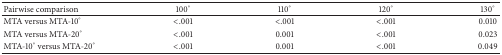
| Pairwise comparison | 100° | 110° | 120° | 130° |
 | --- | --- | --- | --- | --- |
 | MTA versus MTA-10° | <.001 | <.001 | <.001 | 0.010 |
 | MTA versus MTA-20° | <.001 | 0.001 | <.001 | 0.023 |
 | MTA-10° versus MTA-20° | <.001 | 0.001 | <.001 | 0.049 |